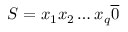
{ \cal S } = x _ { 1 } x _ { 2 } \dots x _ { q } \overline { { 0 } }